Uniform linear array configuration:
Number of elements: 12
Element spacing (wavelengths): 1
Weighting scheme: cosine
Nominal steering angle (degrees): -45
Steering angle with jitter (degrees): -43.774
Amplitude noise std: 0.05
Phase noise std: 0.05

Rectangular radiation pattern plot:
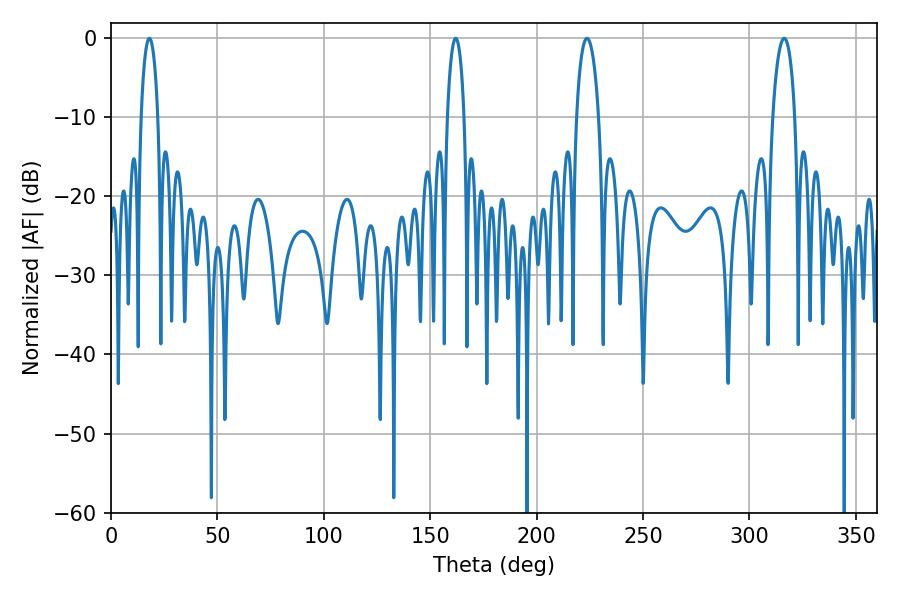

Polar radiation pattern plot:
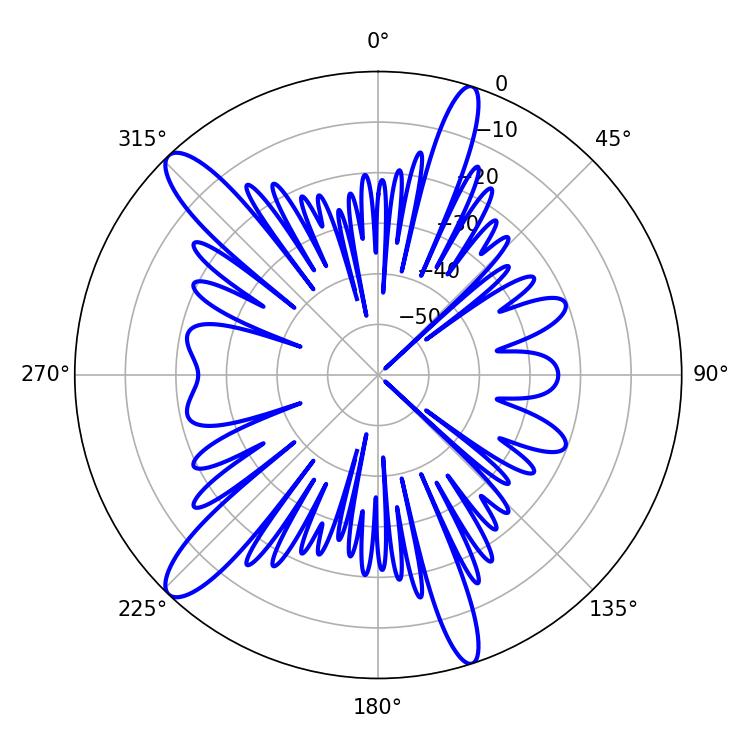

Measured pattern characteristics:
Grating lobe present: TRUE
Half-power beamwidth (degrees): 4.5
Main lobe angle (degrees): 18